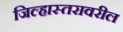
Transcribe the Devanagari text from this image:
जिल्हास्तरावरील